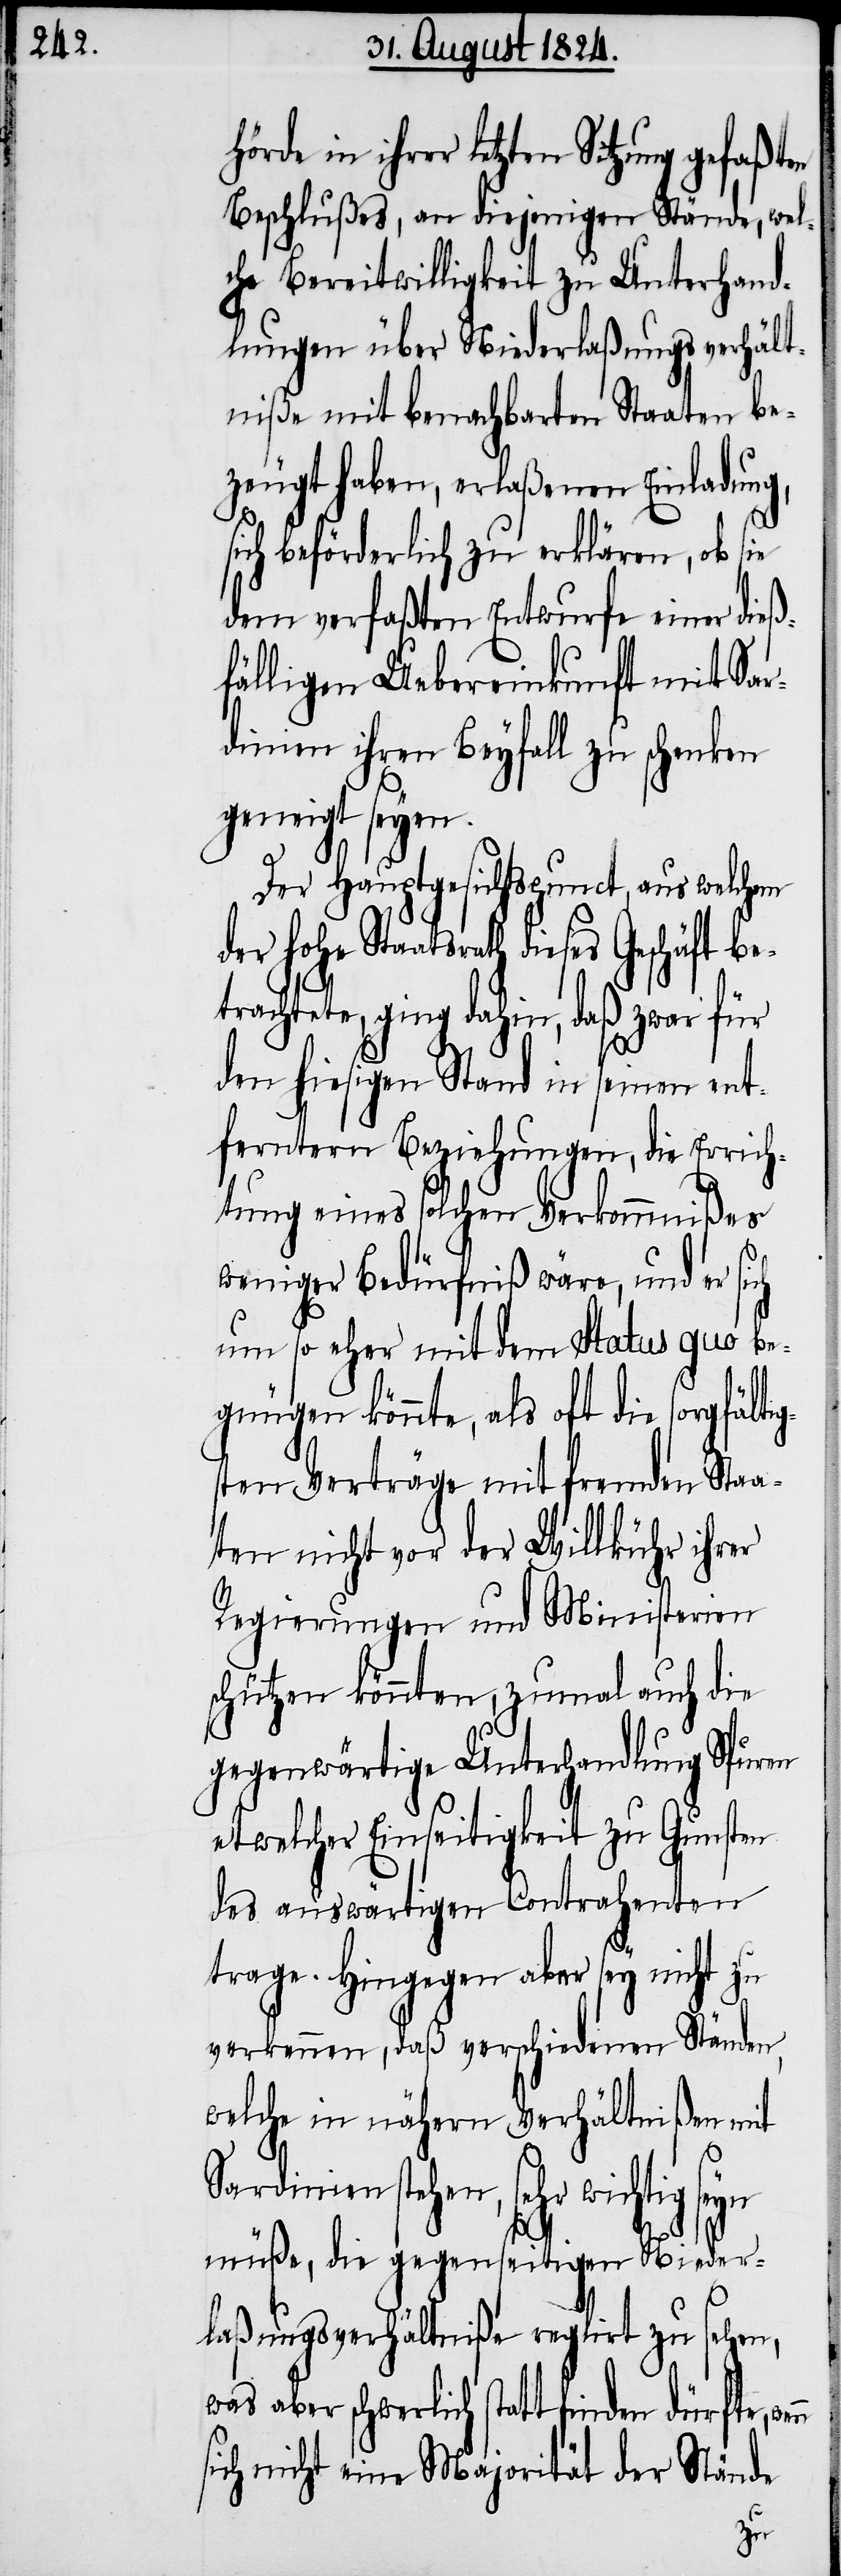
hörde in ihrer letzten Sitzung gefaßten
Beschlußes, an diejenigen Stände, wel¬
che Bereitwilligkeit zu Unterhand¬
lungen über Niederlaßungsverhält¬
niße mit benachbarten Staaten be¬
zeugt haben, erlaßenen Einladung,
sich beförderlich zu erklären, ob sie
dem verfaßten Entwurfe einer dieß¬
fälligen Uebereinkunft mit Sar¬
dinien ihren Beyfall zu schenken
geneigt seyen.
Der Hauptgesichtspunct, aus welchem
der hohe Staatsrath dieses Geschäft be¬
trachtete, ging dahin, daß zwar für
den hiesigen Stand in seinen ent¬
ferntern Beziehungen, die Errich¬
tung eines solchen Verkommnißes
weniger Bedürfniß wäre, und er sich
um so eher mit dem Status quo be¬
gnügen könnte, als oft die sorgfälti¬
gsten Verträge mit fremden Staa¬
ten nicht vor der Willkühr ihrer
Regierungen und Ministerien
schützen könnten, zumal auch die
gegenwärtige Unterhandlung Spuren
etwelcher Einseitigkeit zu Gunsten
des auswärtigen Contrahenten
trage. Hingegen aber sey nicht zu
verkennen, daß verschiedenen Ständen,
welche in nähern Verhältnißen mit
Sardinien stehen, sehr wichtig
müße, die gegenseitigen Nieder¬
laßungsverhältniße reglirt zu sehen,
was aber schwerlich stattfinden dürfte,
sich nicht eine Majorität der Stände